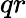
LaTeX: qr